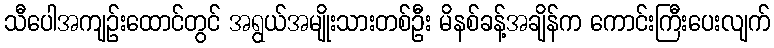
သီပေါအကျဉ်းထောင်တွင် အရွယ်အမျိုးသားတစ်ဦး မိနစ်ခန့်အချိန်က ကောင်းကြီးပေးလျက်